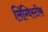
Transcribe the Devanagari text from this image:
लिंग्विस्टीक